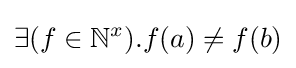
\exists (f\in {\mathbb {N} }^{x}).f(a)\neq f(b)